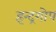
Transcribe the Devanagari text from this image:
इन्द्रगोप